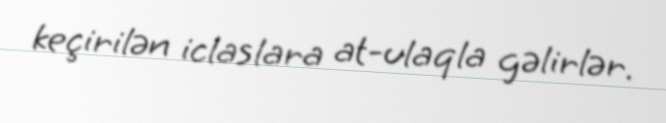
keçirilən iclaslara at-ulaqla gəlirlər.